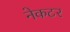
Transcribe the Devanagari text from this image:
नेकटर